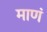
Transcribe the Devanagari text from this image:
माणं